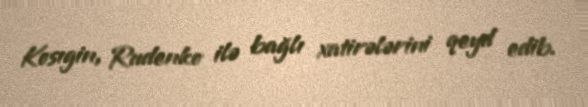
Kosıgin, Rudenko ilə bağlı xatirələrini qeyd edib.